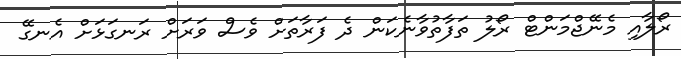
ރޯލާއި މެނޭޖްމަންޓް ރޯލު ތަފާތުވާނެކަން ދެ ފަރާތަށް ވެސް ވަރަށް ރަނގަޅަށް އެނގޭ